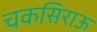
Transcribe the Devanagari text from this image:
चकसिराऊ